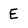
Character: E